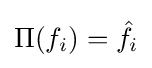
\Pi (f_{i})={\hat {f}}_{i}